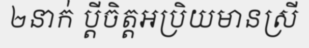
២នាក់ ប្តីចិត្តអប្រិយមានស្រី